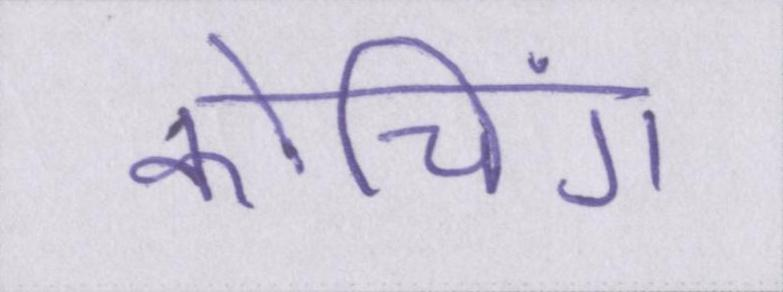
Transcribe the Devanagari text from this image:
कोचिंग